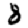
Digit: 8